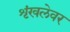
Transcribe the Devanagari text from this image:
शृंखलेवर